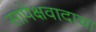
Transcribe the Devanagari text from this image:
सापेक्षवादाचा